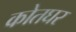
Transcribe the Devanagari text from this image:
कोतघर